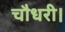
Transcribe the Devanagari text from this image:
चौधरी।